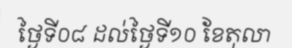
ថ្ងៃទី០៨ ដល់ថ្ងៃទី១០ ខែតុលា